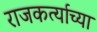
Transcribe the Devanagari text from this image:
राजकर्त्याच्या